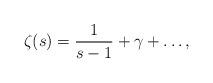
LaTeX: \begin{align*}\zeta(s)=\frac{1}{s-1}+\gamma+\dots,\end{align*}